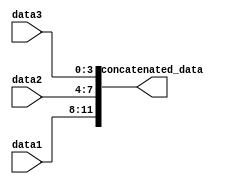
module concatenation_example(
    input [3:0] data1,
    input [3:0] data2,
    input [3:0] data3,
    output reg [11:0] concatenated_data
);

always @(*) begin
    concatenated_data = {data1, data2, data3};
end

endmodule